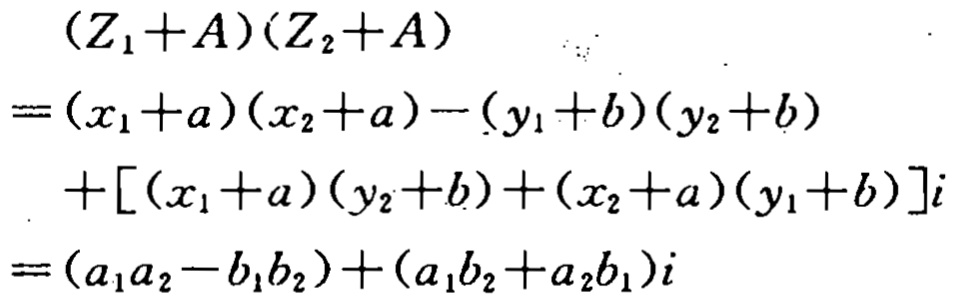
\begin{align*}
&(Z_1 + A)(Z_2 + A)\\
=&(x_1 + a)(x_2 + a)-(y_1 + b)(y_2 + b)\\
&+[(x_1 + a)(y_2 + b)+(x_2 + a)(y_1 + b)]i\\
=&(a_1a_2 - b_1b_2)+(a_1b_2 + a_2b_1)i
\end{align*}